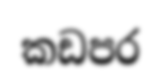
කඩපර